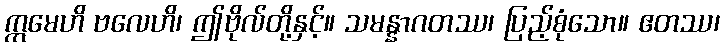
ဣမေဟိ ဗလေဟိ၊ ဤဗိုလ်တို့နှင့်။ သမန္နာဂတဿ၊ ပြည့်စုံသော။ ဧတဿ၊